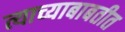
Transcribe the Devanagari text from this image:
त्याच्याबाबतीत